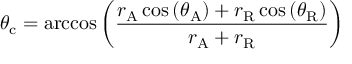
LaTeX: \theta _ { \mathrm { c } } = \operatorname { a r c c o s } \left( { \frac { r _ { \mathrm { A } } \cos \left( \theta _ { \mathrm { A } } \right) + r _ { \mathrm { R } } \cos \left( \theta _ { \mathrm { R } } \right) } { r _ { \mathrm { A } } + r _ { \mathrm { R } } } } \right)